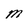
Character: M